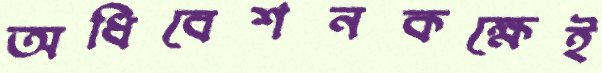
অধিবেশনকক্ষেই